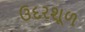
ઉદરશૂળ